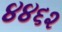
૪૪૬૨